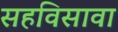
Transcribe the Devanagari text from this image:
सहविसावा